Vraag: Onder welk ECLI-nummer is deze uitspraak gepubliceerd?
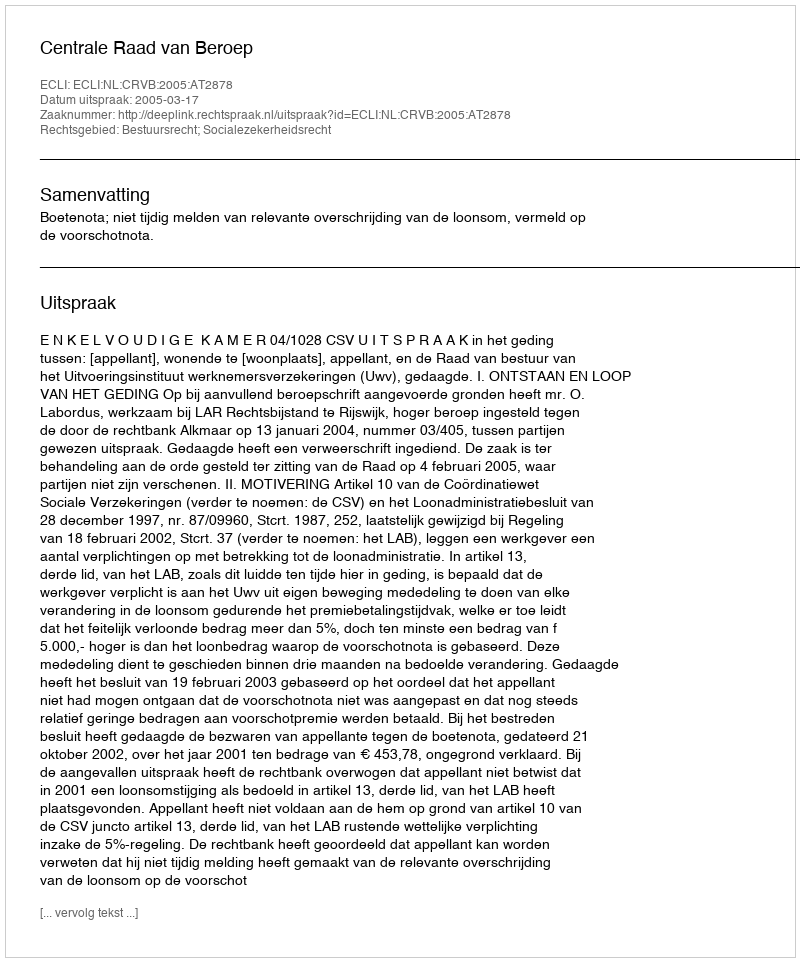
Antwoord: ECLI:NL:CRVB:2005:AT2878